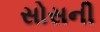
સોસની